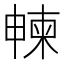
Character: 朄